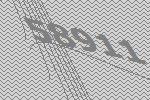
58911